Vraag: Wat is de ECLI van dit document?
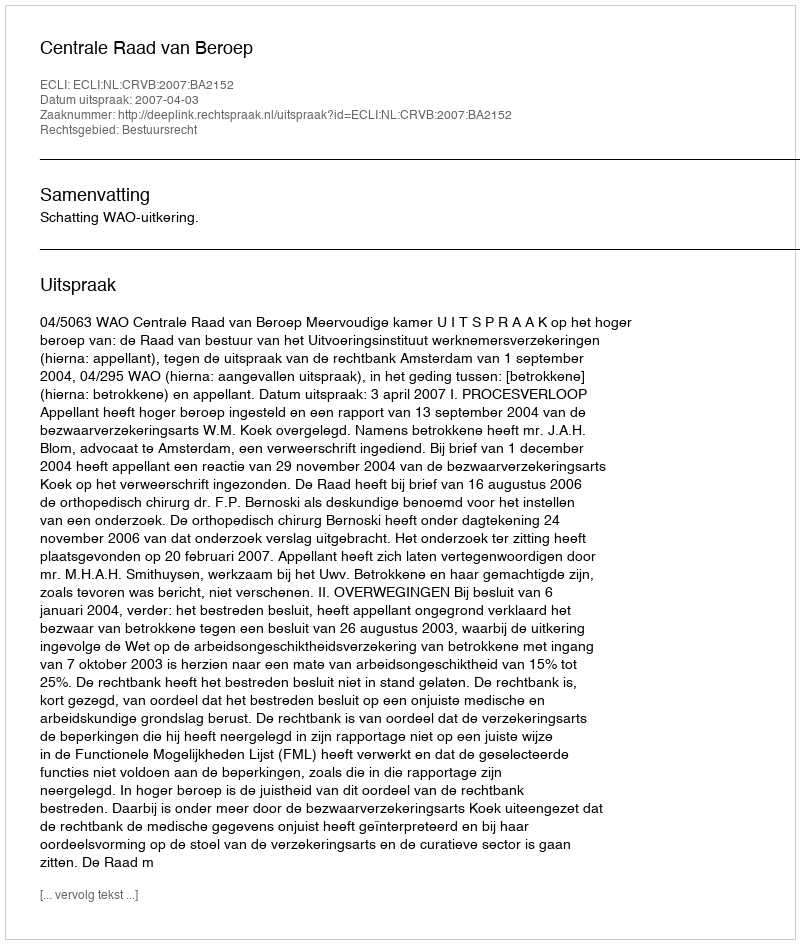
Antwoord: ECLI:NL:CRVB:2007:BA2152